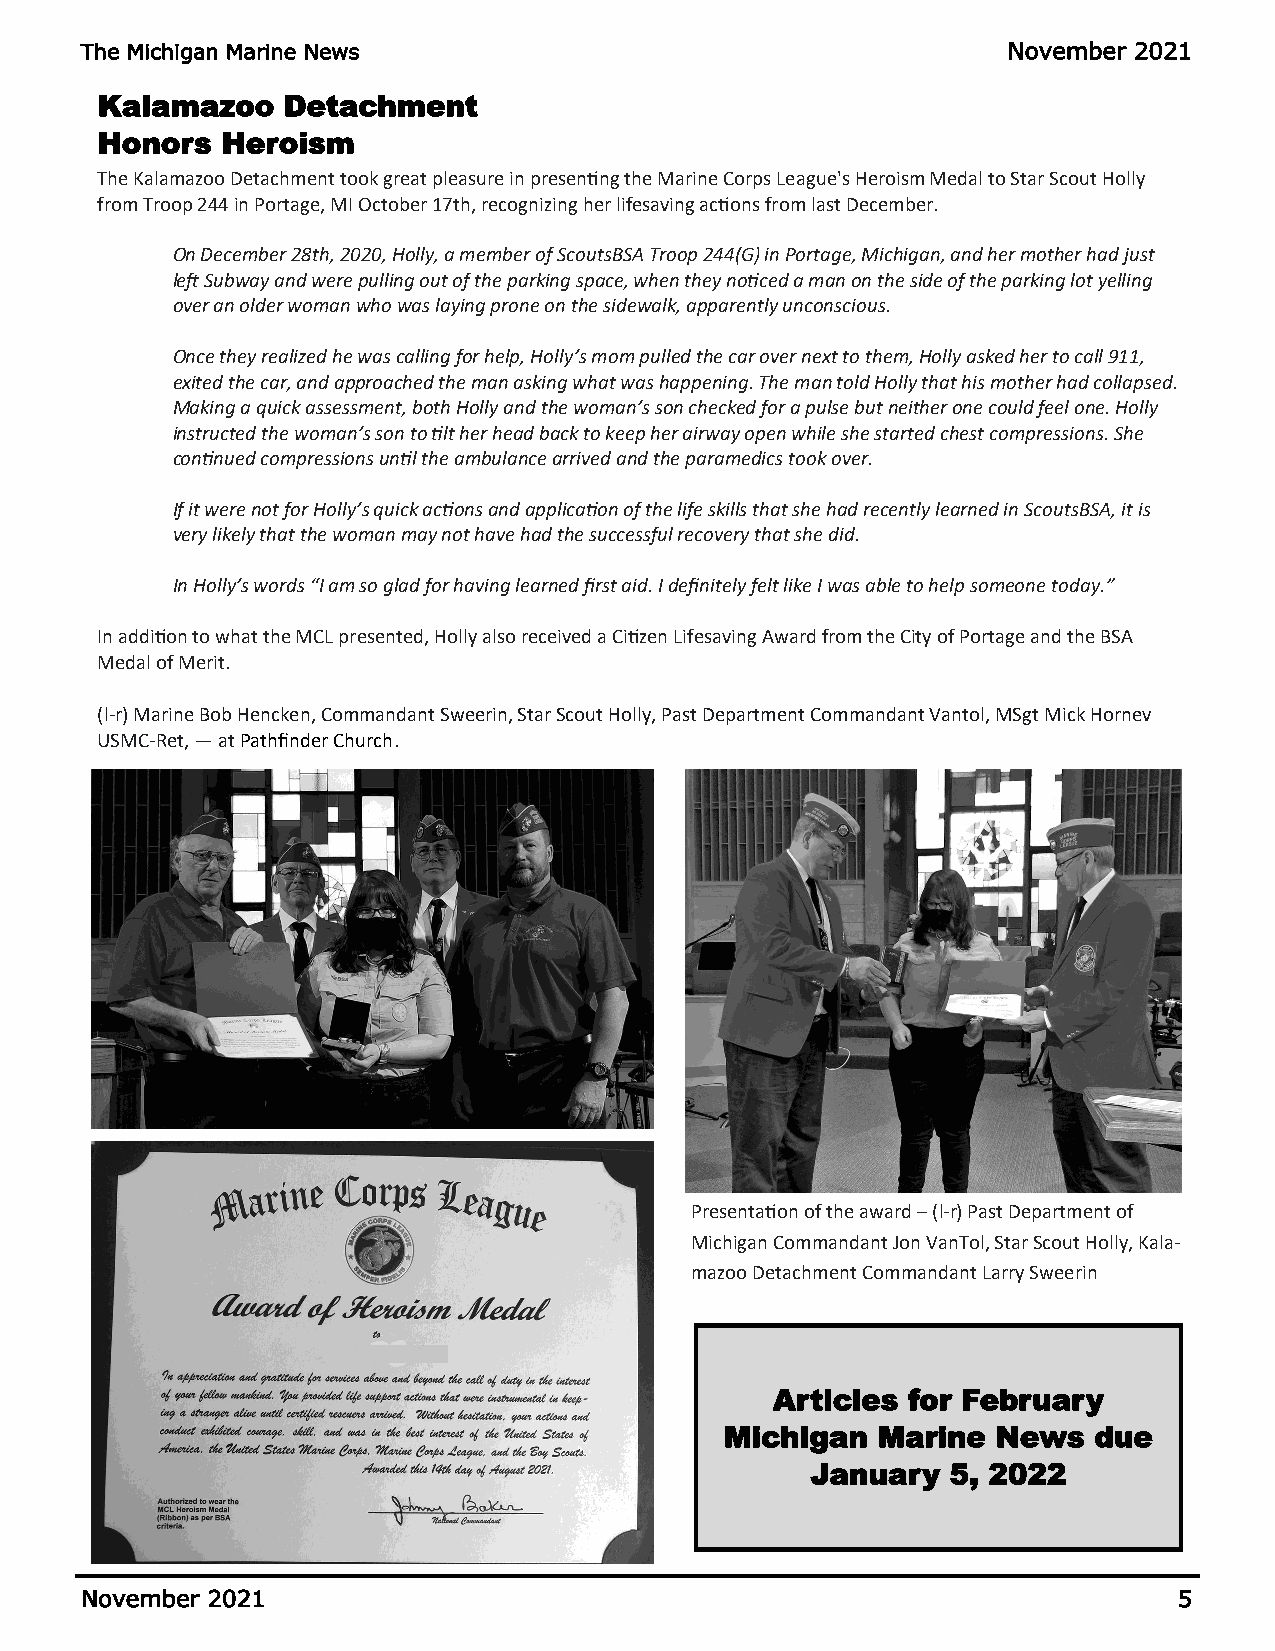
The Michigan Marine News                                      November 2021
 Kalamazoo    Detachment
 Honors   Heroism
 The Kalamazoo Detachment took great pleasure in presenting the Marine Corps League's Heroism Medal to Star Scout Holly
 from Troop 244 in Portage, MI October 17th, recognizing her lifesaving actions from last December.
 On December 28th, 2020, Holly, a member of ScoutsBSA Troop 244(G) in Portage, Michigan, and her mother had just
 left Subway and were pulling out of the parking space, when they noticed a man on the side of the parking lot yelling
 over an older woman who was laying prone on the sidewalk, apparently unconscious.
 Once they realized he was calling for help, Holly’s mom pulled the car over next to them, Holly asked her to call 911,
 exited the car, and approached the man asking what was happening. The man told Holly that his mother had collapsed.
 Making a quick assessment, both Holly and the woman’s son checked for a pulse but neither one could feel one. Holly
 instructed the woman’s son to tilt her head back to keep her airway open while she started chest compressions. She
 continued compressions until the ambulance arrived and the paramedics took over.
 If it were not for Holly’s quick actions and application of the life skills that she had recently learned in ScoutsBSA, it is
 very likely that the woman may not have had the successful recovery that she did.
 In Holly’s words “I am so glad for having learned first aid. I definitely felt like I was able to help someone today.”
 In addition to what the MCL presented, Holly also received a Citizen Lifesaving Award from the City of Portage and the BSA
 Medal of Merit.
 (l-r) Marine Bob Hencken, Commandant Sweerin, Star Scout Holly, Past Department Commandant Vantol, MSgt Mick Hornev
 USMC-Ret, — at Pathfinder Church.
 Presentation of the award – (l-r) Past Department of
 Michigan Commandant Jon VanTol, Star Scout Holly, Kala-
 mazoo Detachment Commandant Larry Sweerin
 Articles for February
 Michigan  Marine  News  due
 January  5, 2022
 November 2021                                                            5